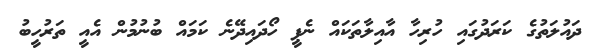
ދައުލަތުގެ ކަރަދުގައި ހުރިހާ އާއިލާތަކައް ނެޕީ ހޯދައިދޭނެ ކަމައް ބުނުމުން އެއީ ތަރުހީބު